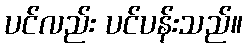
ပင်လည်း ပင်ပန်းသည်။